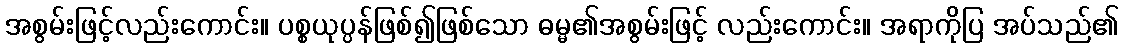
အစွမ်းဖြင့်လည်းကောင်း။ ပစ္စယုပ္ပန်ဖြစ်၍ဖြစ်သော ဓမ္မ၏အစွမ်းဖြင့် လည်းကောင်း။ အရာကိုပြ အပ်သည်၏